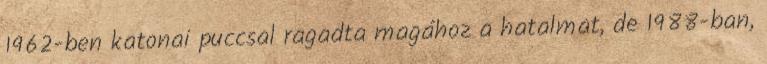
1962-ben katonai puccsal ragadta magához a hatalmat, de 1988-ban,